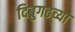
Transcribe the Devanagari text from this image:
दिब्रुगढच्या